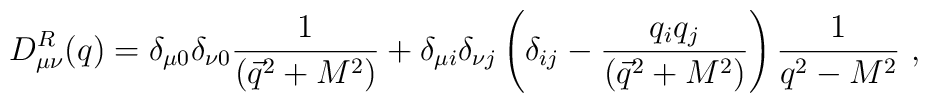
D^R_{\mu\nu}(q) =\delta_{\mu 0}\delta_{\nu 0}{1\over (\vec{q}^2+M^2)}+\delta_{\mu i}\delta_{\nu j}\left(\delta_{ij}-{q_iq_j\over (\vec{q}^2+M^2)}\right){1\over q^2-M^2}~,